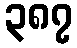
၃၈၇